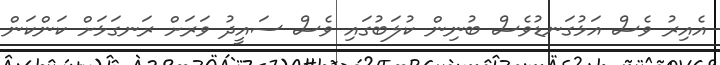
އެއިރު ވެސް އަޅުގަނޑުވެސް ބުނިން ކުލަބުގައި ވެސް ސައީދު ވަރަށް ރަނގަޅަށް ކަންކަން